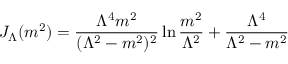
J _ { \Lambda } ( m ^ { 2 } ) = { \frac { \Lambda ^ { 4 } m ^ { 2 } } { ( \Lambda ^ { 2 } - m ^ { 2 } ) ^ { 2 } } } \ln { \frac { m ^ { 2 } } { \Lambda ^ { 2 } } } + { \frac { \Lambda ^ { 4 } } { \Lambda ^ { 2 } - m ^ { 2 } } }